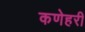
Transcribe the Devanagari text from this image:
कणेहरी